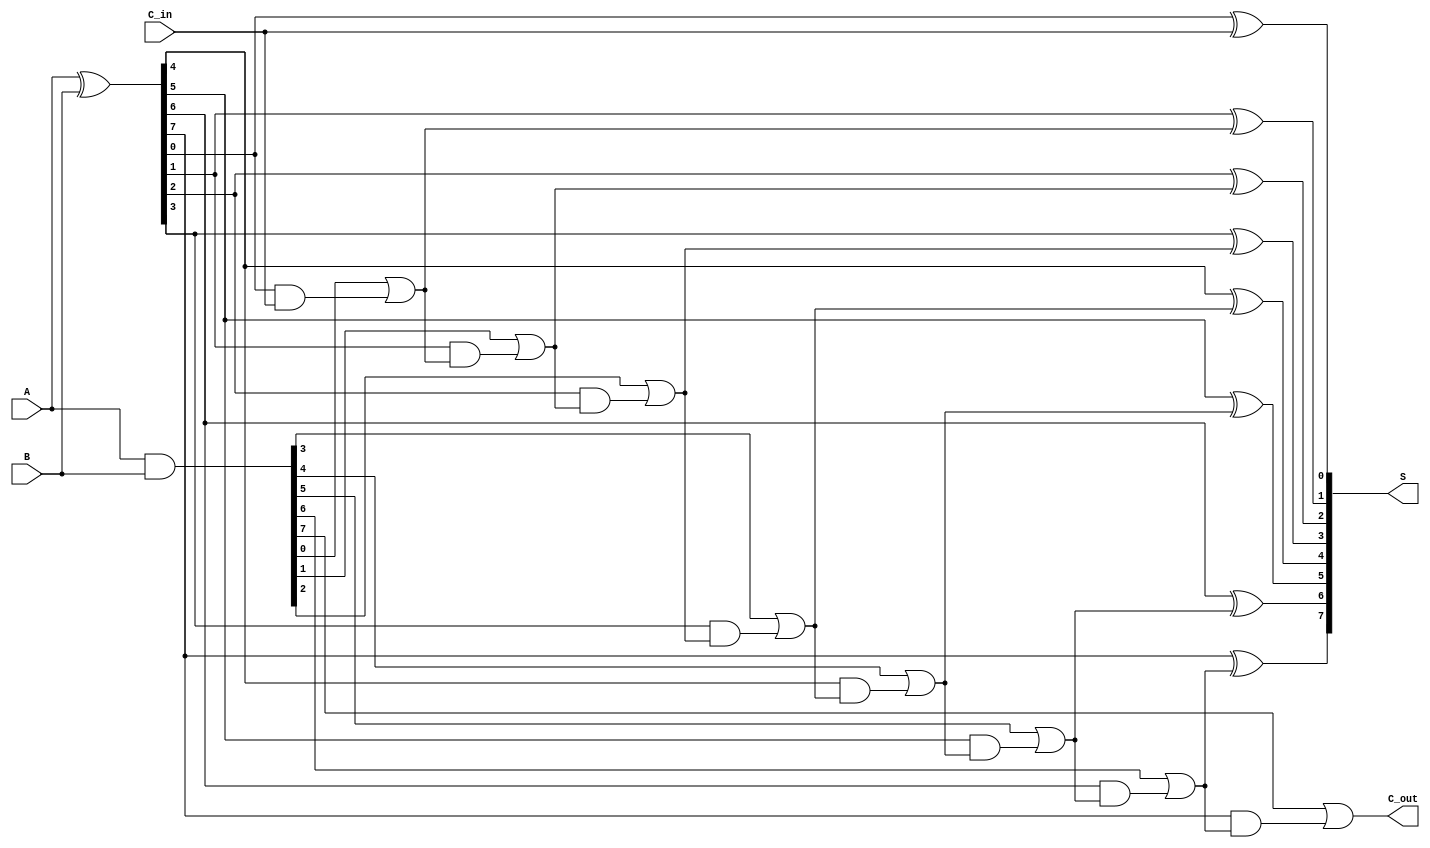
module brent_kung_adder #(
    parameter WIDTH = 8 // Bit width of the input numbers
)(
    input  [WIDTH-1:0] A,     // First input number
    input  [WIDTH-1:0] B,     // Second input number
    input  C_in,               // Carry-in
    output [WIDTH-1:0] S,      // Sum output
    output C_out               // Carry-out
);

    // Generate (G) and Propagate (P) signals
    wire [WIDTH-1:0] G; // Generate signals
    wire [WIDTH-1:0] P; // Propagate signals
    wire [WIDTH:0] C;    // Carry output array

    // Generate and Propagate calculations
    assign G = A & B;
    assign P = A ^ B;

    // Carry calculations
    assign C[0] = C_in;

    genvar i;
    generate
        // Level 1
        for (i = 0; i < WIDTH; i = i + 1) begin : level_1
            assign C[i+1] = G[i] | (P[i] & C[i]);
        end

        // Level 2
        for (i = 0; i < WIDTH/2; i = i + 1) begin : level_2
            assign C[i+1] = G[i] | (P[i] & C[i]);
        end

        // Additional levels as required (up to log(WIDTH))
        // This part can be expanded based on the specific width
        // of the adder and the number of levels required for the carry tree.
        
        // Final Level Computation (using the previously computed carries)
        for (i = 0; i < WIDTH; i = i + 1) begin : sum_calculation
            assign S[i] = P[i] ^ C[i];
        end
    endgenerate

    // Final Carry-out
    assign C_out = C[WIDTH];

endmodule